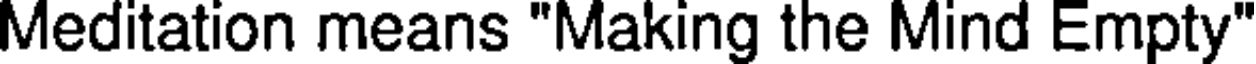
Meditation means "Making the Mind Empty"